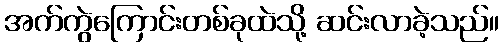
အက်ကွဲကြောင်းတစ်ခုထဲသို့ ဆင်းလာခဲ့သည်။